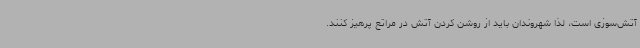
آتش‌سوزی است، لذا شهروندان باید از روشن کردن آتش در مراتع پرهیز کنند.